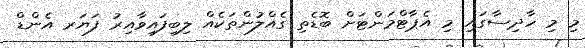
މި މި ހާދިސާގައި މި އެޕާޓްމަންޓަށް ބޮޑެތި ގެއްލުންތަކެއް ލިބިފައިވާއިރު ފަޔަރ އެންޑް